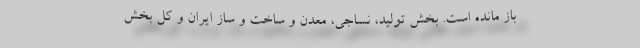
باز مانده است. بخش تولید، نساجی، معدن و ساخت و ساز ایران و کل بخش